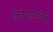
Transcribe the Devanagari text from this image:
कोणाचीहि